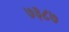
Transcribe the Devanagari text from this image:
७३८७